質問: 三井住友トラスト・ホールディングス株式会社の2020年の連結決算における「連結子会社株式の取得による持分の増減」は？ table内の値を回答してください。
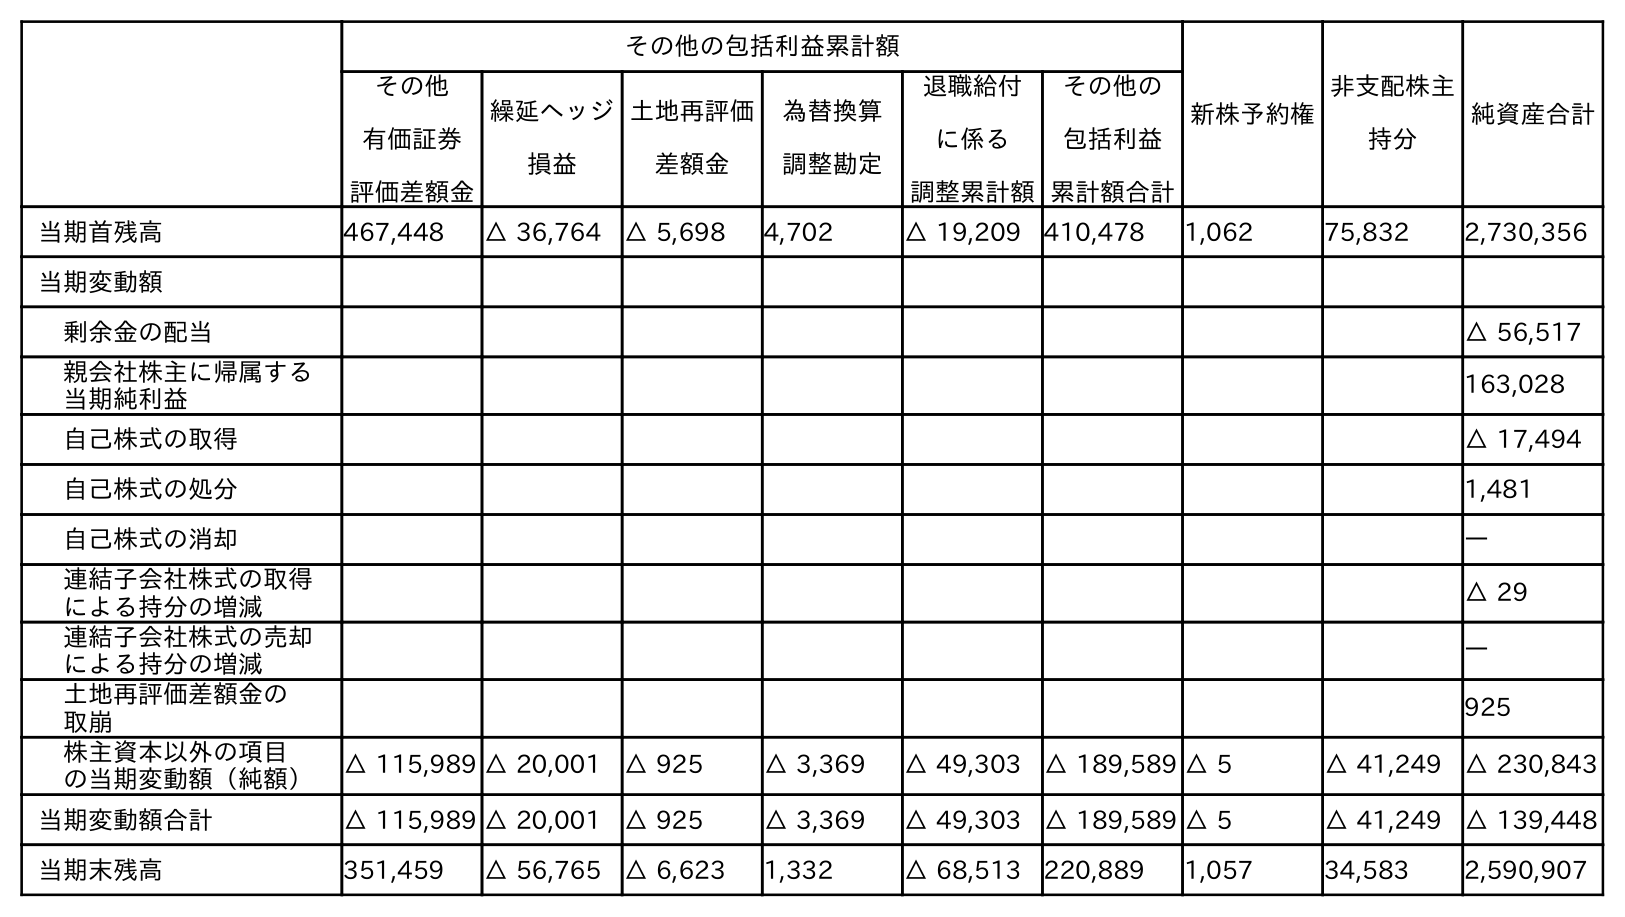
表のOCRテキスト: その他の包括利益累計額 新株予約権 非支配株主 持分 純資産合計 その他 有価証券 評価差額金 繰延ヘッジ 損益 土地再評価 差額金 為替換算 調整勘定 退職給付 に係る 調整累計額 その他の 包括利益 累計額合計 当期首残高 467,448 △ 36,764 △ 5,698 4,702 △ 19,209 410,478 1,062 75,832 2,730,356 当期変動額 剰余金の配当 △ 56,517 親会社株主に帰属する 当期純利益 163,028 自己株式の取得 △ 17,494 自己株式の処分 1,481 自己株式の消却 ― 連結子会社株式の取得 による持分の増減 △ 29 連結子会社株式の売却 による持分の増減 ― 土地再評価差額金の 取崩 925 株主資本以外の項目 の当期変動額（純額） △ 115,989 △ 20,001 △ 925 △ 3,369 △ 49,303 △ 189,589 △ 5 △ 41,249 △ 230,843 当期変動額合計 △ 115,989 △ 20,001 △ 925 △ 3,369 △ 49,303 △ 189,589 △ 5 △ 41,249 △ 139,448 当期末残高 351,459 △ 56,765 △ 6,623 1,332 △ 68,513 220,889 1,057 34,583 2,590,907
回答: △29